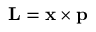
\mathbf { L } = \mathbf { x } \times \mathbf { p }